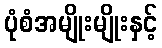
ပုံစံအမျိုးမျိုးနှင့်